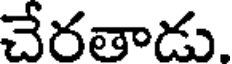
చేరతాడు.